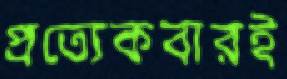
প্রত্যেকবারই